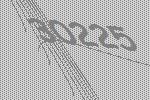
30225